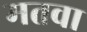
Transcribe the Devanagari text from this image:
मतवा